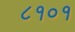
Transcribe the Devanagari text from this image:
८१०१